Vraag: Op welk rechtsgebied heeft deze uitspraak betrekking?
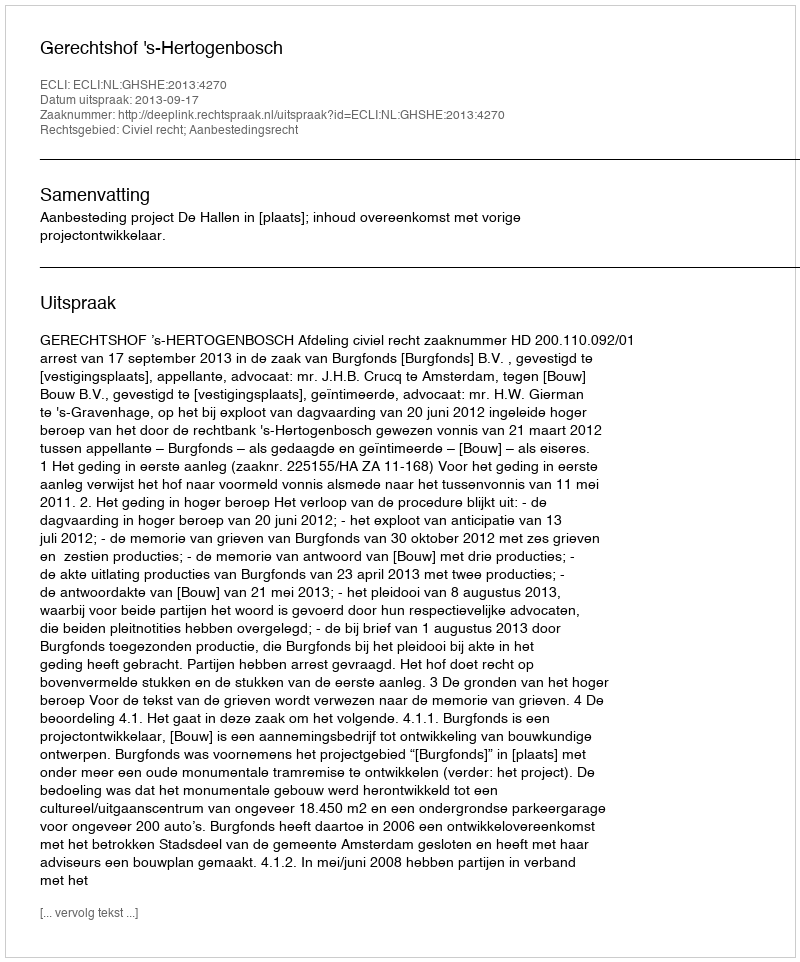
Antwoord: Civiel recht; Aanbestedingsrecht